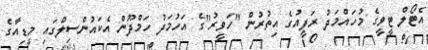
އެޓޯލް ޓީވީގެ މުހައްމަދު ރަފީއުގެ އިތުރުން "ހަވީރު"ގެ އަހުމަދު ހަމްދޫން އެކައުންސިލްގައި މީޑިއާގެ